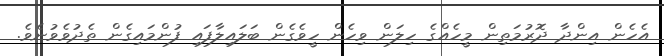
އެހެން އިންދާ ދޮރުމަތިން މީހެއްގެ ހިލަން ވިހެން ހީވެގެން ބަލައިލާފައި ފުންމައިގެން ތެދުވެވުނެވެ.